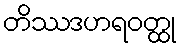
တိဿဒဟရဝတ္ထု